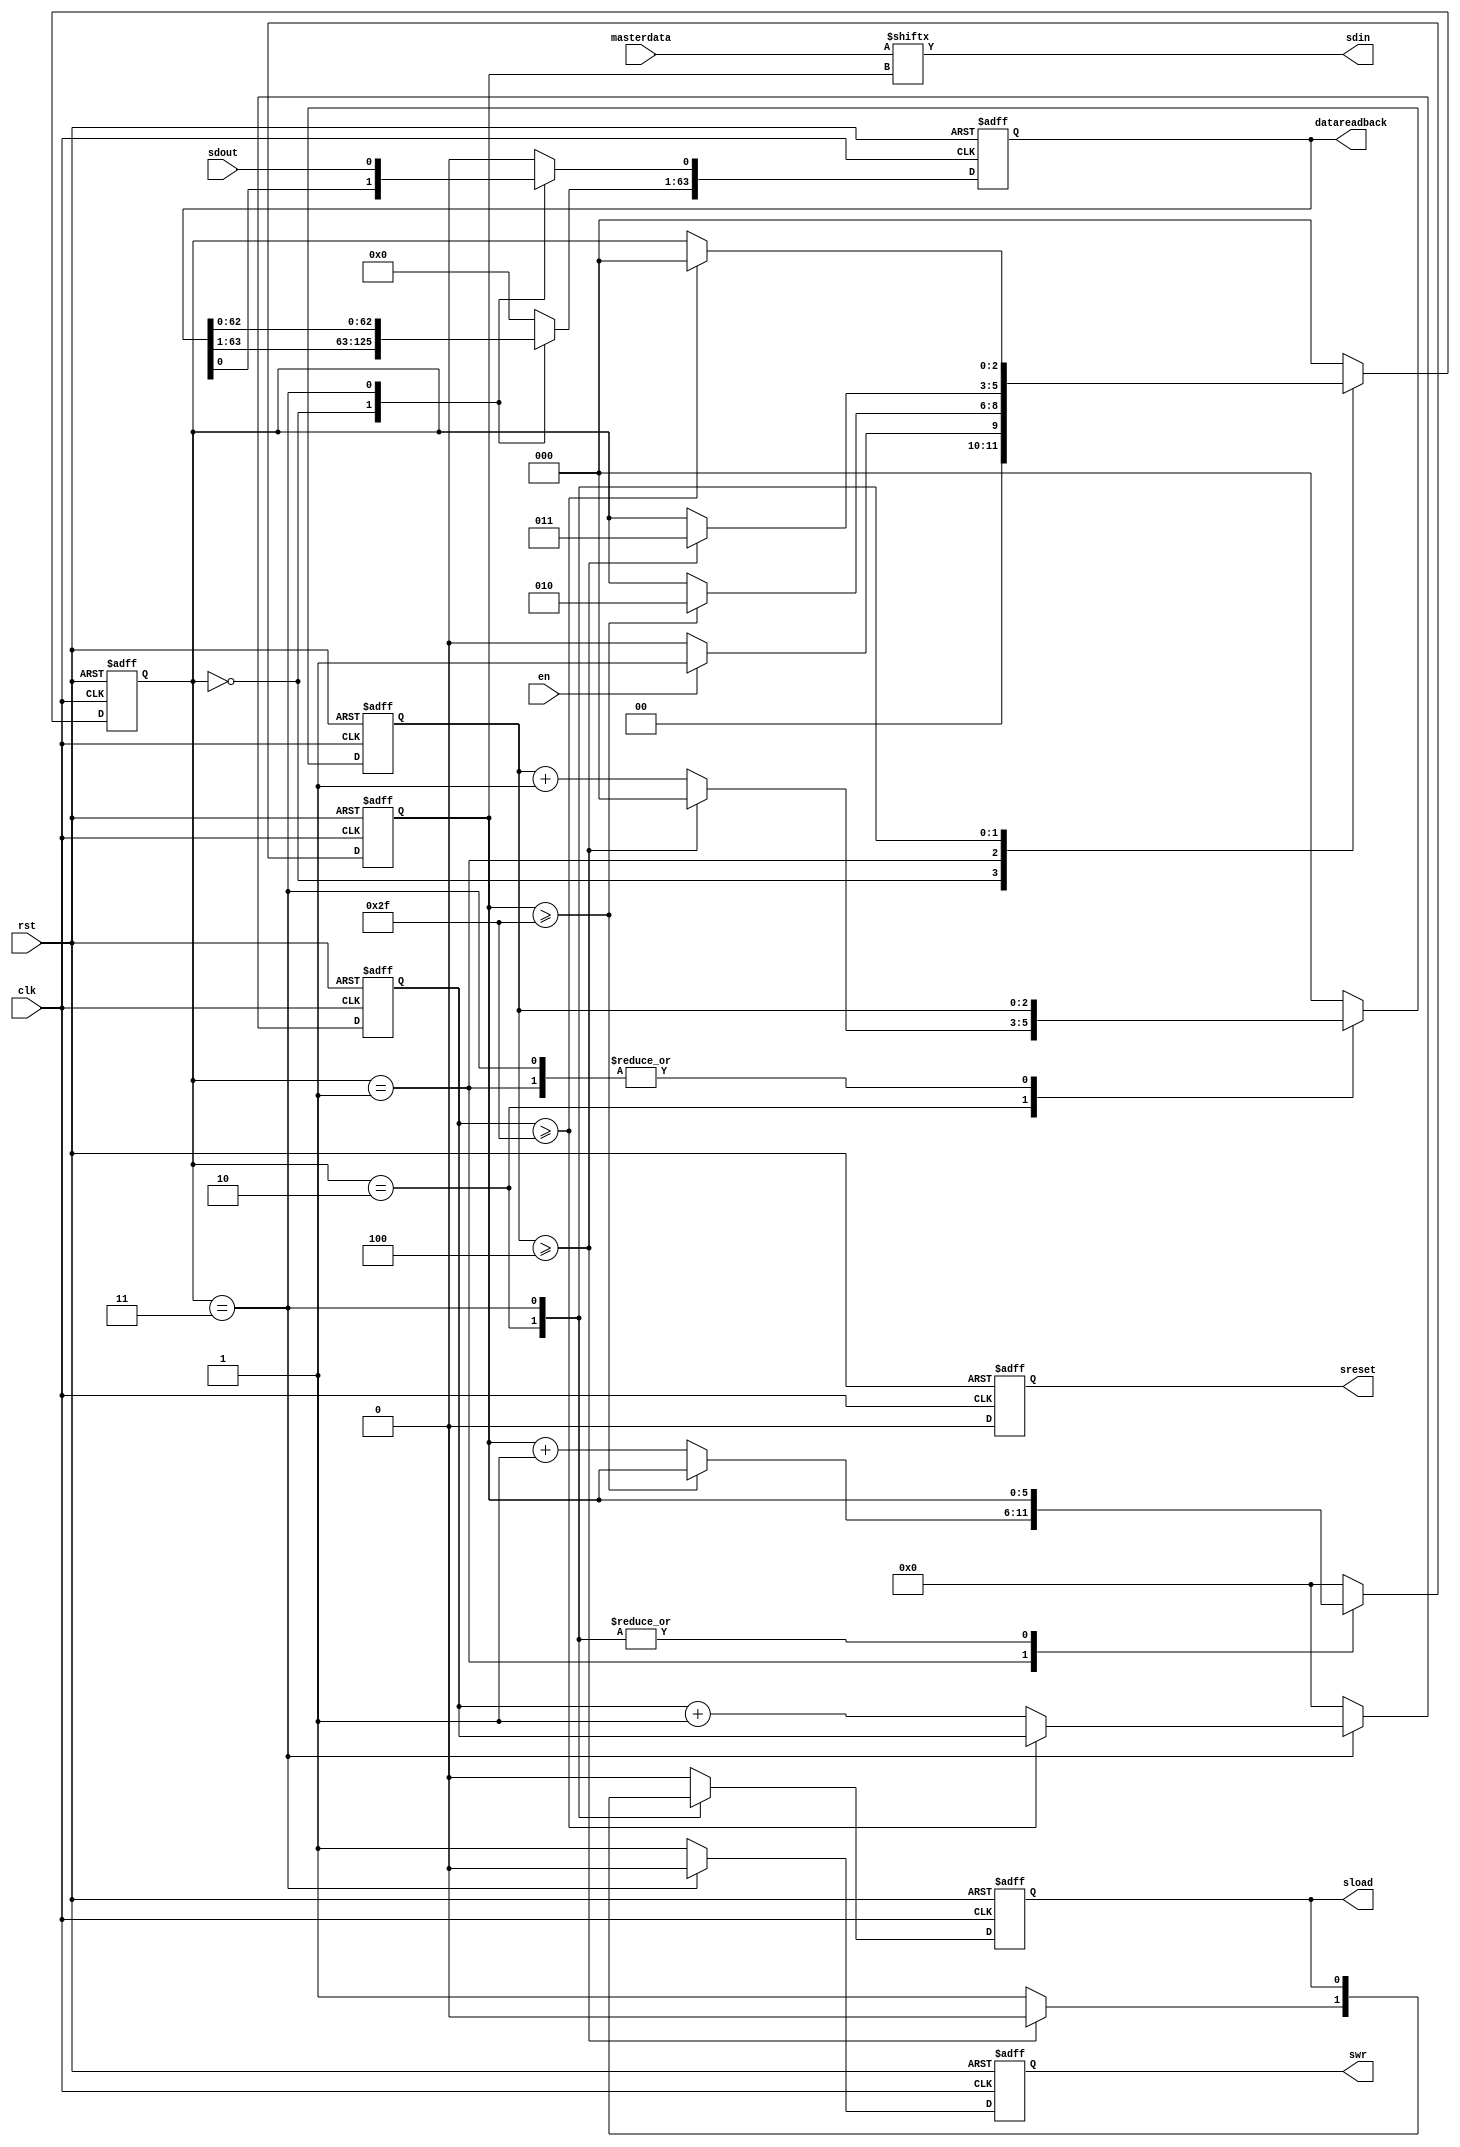
`timescale 1ns / 1ps
//////////////////////////////////////////////////////////////////////////////////
// Company: 
// Engineer: 
// 
// Design Name: 
// Module Name:    SPI_write 
// Project Name: 
// Target Devices: 
// Tool versions: 
// Description: 
//
// Dependencies: 
//
// Revision: 
// Revision 0.01 - File Created
// Additional Comments: 
//
//////////////////////////////////////////////////////////////////////////////////
//AT changes to make it work with 0107_SPI_00_MOM5_phy.v
//Removed SCLK and ce_SCLK to always be on (dont gate the clock)
//
//
//
//
//

//Some other notes:

//FPGA is master, chip is slave

//SDOUT == MISO
//SDIN == MOSI

module SPI_write_at (
en,
masterdata,
clk,
rst,
swr,
sdin,
sdout,
sload,
sreset,
datareadback
);

parameter NDATA = 48;
parameter STATE_IDLE = 0;
parameter STATE_SHIFT = 1;
parameter STATE_LOAD = 2;
parameter STATE_SHIFT_READ = 3;

parameter LOAD_WAIT = 3'b100;

input en;
input [63:0] masterdata;
input clk;
input rst;
input sdout; //MISO

output reg swr;
output wire sdin; //MOSI
output reg sload;
output reg sreset;
output reg [63:0] datareadback; 

reg [5:0] datawr_cnt;
reg [5:0] datard_cnt;
reg [2:0] state;
assign sdin = masterdata[datawr_cnt]; //check this line
reg [2:0] load_cnt;

always @ (posedge (clk) or posedge (rst)) begin
	if(rst) begin
		swr <= 1'b1;
		load_cnt <= 0;
		datawr_cnt <= 0;
		datard_cnt <= 0;
		state <= STATE_IDLE;
		sload <= 1'b0;
		sreset <= 1'b1;
		datareadback <= 63'b0;
	end
	else begin
		sreset <= 1'b0;
		case (state)
			STATE_IDLE : begin
				swr <= 1'b1;
				load_cnt <= 0;
				datawr_cnt <= 0;
				datard_cnt <= 0;
				sload <= 1'b0;
				if (en==1'b1) begin
					state <= STATE_SHIFT;
				end else begin
					state <= STATE_IDLE;
				end
			end
			
			
			STATE_SHIFT : begin
				swr <= 1'b1;
				datareadback <= 63'b0;
				sload <= 1'b0;				
				datard_cnt <= 0;
				if(datawr_cnt >= (NDATA-1)) begin
					state <= STATE_LOAD;
				end else begin
					datawr_cnt <= datawr_cnt + 1;
				end
			end
			
			
			STATE_LOAD : begin
				swr <= 1'b1;
				datard_cnt <= 0;
				datareadback <= 63'b0;
				if(load_cnt >= LOAD_WAIT) begin
					state <= STATE_SHIFT_READ;
					load_cnt <= 0;
					sload <= 1'b0;
				end else begin
					load_cnt <= load_cnt + 1;
					sload <= 1'b1;
				end			
			end
			
			
			STATE_SHIFT_READ : begin
				swr <= 1'b0;
				datareadback <= datareadback <<1;
				datareadback[0] <= sdout;
				if(datard_cnt >= (NDATA-1)) begin
					state <= STATE_IDLE;
				end else begin
					datard_cnt <= datard_cnt + 1;
				end
			end

			
			default: begin
				swr <= 1'b1;
				datareadback <= 63'b0;
				load_cnt <= 0;
				datawr_cnt <= 0;
				datard_cnt <= 0;
				sload <= 1'b0;
				state <= STATE_IDLE;
			end	
			
		endcase
		
	end
end
endmodule